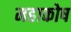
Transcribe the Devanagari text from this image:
महाकोष